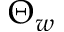
\Theta _ { w }